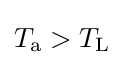
T_{\text{a}}>T_{\text{L}}